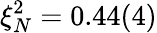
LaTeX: \xi_{N}^{2}=0.44(4)